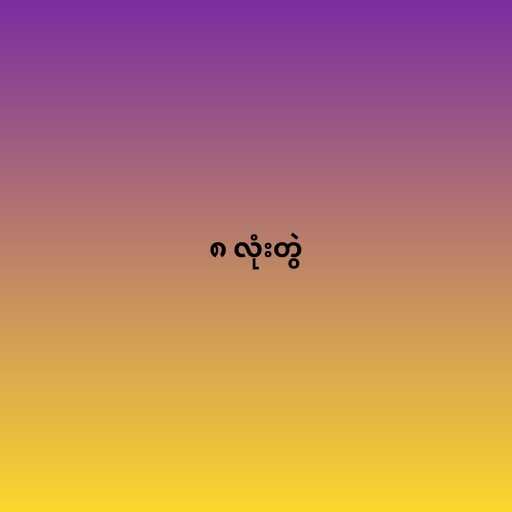
၈ လုံးတွဲ